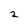
Character: 2